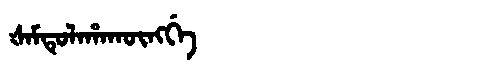
Manchu: ᡧᠠᠮᡨᡠᠯᠠᡥᠠᡴᡡᠩᡤᡝ
Romanization: ŠAMTULAHAKŪNGGE